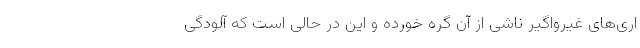
اری‌های غیرواگیر ناشی از ‌آن گره خورده و این در حالی است که آلودگی